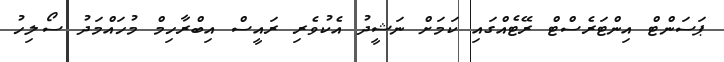
ޕަސަންޓް އިންޓަރެސްޓް ރޭޓެއްގައި ކަމަށް ނަޝީދު އެކުވެރި ރައީސް އިބްރާހިމް މުހައްމަދު ސޯލިހު